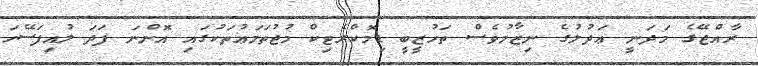
ރާއްޖޭގެ މަދަނީ ޢަދުލުގެ ނިޒާމުވެސް ތަހުޒީބީ ޑިމޮކްރެޓިކް މުޖުތަމަޢުތަކުގައި އޮންނަ ފަދަ ލުއިފަސޭހަ